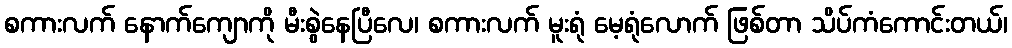
စကားလက် နောက်ကျောကို မီးစွဲနေပြီလေ၊ စကားလက် မူးရုံ မေ့ရုံလောက် ဖြစ်တာ သိပ်ကံကောင်းတယ်၊